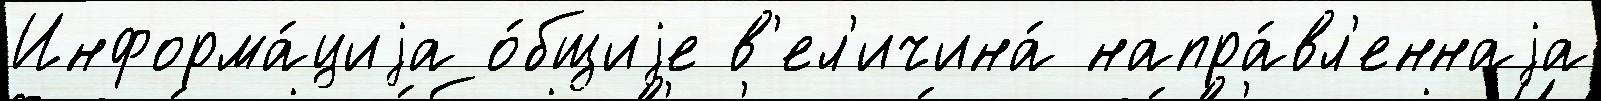
Информа́циjа о́бщиjе в'ел'ичина́ напра́вл'еннаjа